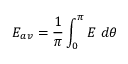
E _ { a v } = \frac { 1 } { \pi } \int _ { 0 } ^ { \pi } E \; d \theta \;